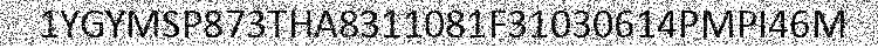
1YGYMSP873THA8311081F31030614PMPI46M